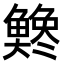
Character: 𫙭